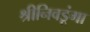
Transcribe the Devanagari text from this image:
श्रीनिवडूंगा